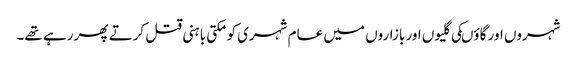
شہروں اور گاؤںکی گلیوں اور بازاروں میں عام شہری کو مکتی باہنی قتل کرتے پھر رہے تھے۔